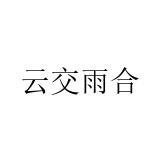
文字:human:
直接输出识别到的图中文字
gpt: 云交雨合